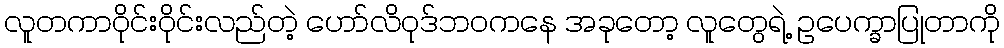
လူတကာဝိုင်းဝိုင်းလည်တဲ့ ဟော်လိဝုဒ်ဘဝကနေ အခုတော့ လူတွေရဲ့ ဥပေက္ခာပြုတာကို